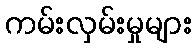
ကမ်းလှမ်းမှုများ